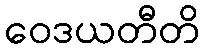
ဝေဒယတီတိ